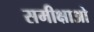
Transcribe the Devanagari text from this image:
समीक्षाओ